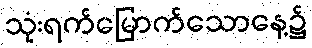
သုံးရက်မြောက်သောနေ့၌